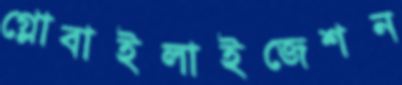
গ্লোবাইলাইজেশন